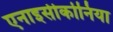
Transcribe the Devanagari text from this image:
एनाइसीकोनिया